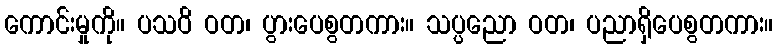
ကောင်းမှုကို။ ပသဝိ ဝတ၊ ပွားပေစွတကား။ သပ္ပညော ဝတ၊ ပညာရှိပေစွတကား။